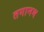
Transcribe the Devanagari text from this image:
तगानम